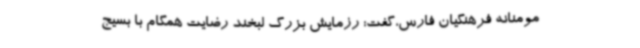
مومنانه فرهنگیان فارس،گفت: رزمایش بزرگ لبخند رضایت همگام با بسیج